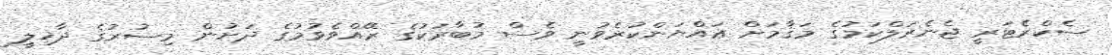
ސެކްރެޓަރީ ޖެނެރަލްކަމުގެ މަޤާމަށް ޢައްޔަންކުރެވުނީ ވެސް މުބާރަކުގެ ރޭއްވެވުމުގެ ދަށުން މިސުރުގެ ދާޚިލީ